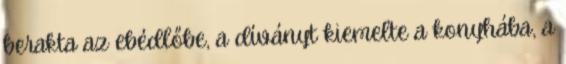
berakta az ebédlőbe, a díványt kiemelte a konyhába, a